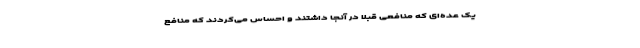
یک عده‌ای که منافعی قبلا در آنجا داشتند و احساس می‌کردند که منافع